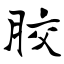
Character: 胶